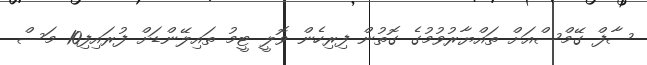
ސާފް ގޭމްސްއަށް ތައްޔާރުވުމުގެ ގޮތުން ފިރިހެން ވޮލީ ޓީމު ތައިލޭންޑަށް ފުރައިފި10 މަސް